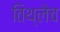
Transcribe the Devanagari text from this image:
तिथ्लेच